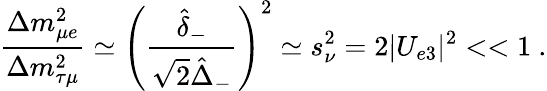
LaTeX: \frac{\Delta m_{\mu e}^{2}}{\Delta m_{\tau\mu}^{2}}\simeq\left(\frac{\hat{\delta}_{-}}{\sqrt{2}\hat{\Delta}_{-}}\right)^{2}\simeq s_{\nu}^{2}=2|U_{e3}|^{2}<<1\ .